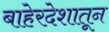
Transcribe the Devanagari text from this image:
बाहेरदेशातून